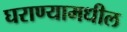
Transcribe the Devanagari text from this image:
घराण्यामधील